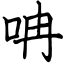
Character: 呥